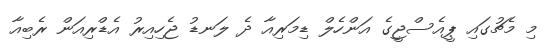
މި މެޗުގައި ޕީއެސްޖީގެ އަންހެލް ޑިމަރިއާ ދެ ލަނޑު ޖެހިއިރު އެޑްރިއަން ރެބިއާ